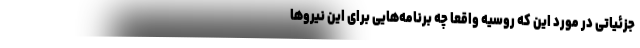
جزئیاتی در مورد این که روسیه واقعا چه برنامه‌هایی برای این نیرو‌ها